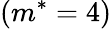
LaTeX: (m^{*}=4)